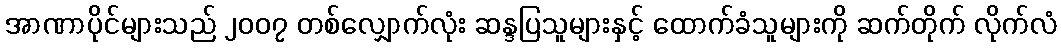
အာဏာပိုင်များသည် ၂၀၀၇ တစ်လျှောက်လုံး ဆန္ဒပြသူများနှင့် ထောက်ခံသူများကို ဆက်တိုက် လိုက်လံ